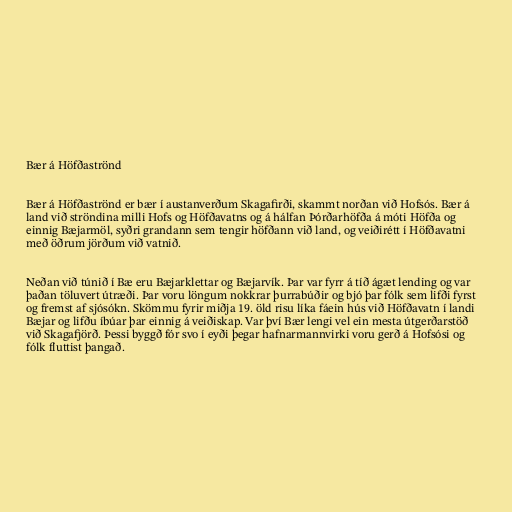
Bær á Höfðaströnd

Bær á Höfðaströnd er bær í austanverðum Skagafirði, skammt norðan við Hofsós. Bær á
land við ströndina milli Hofs og Höfðavatns og á hálfan Þórðarhöfða á móti Höfða og
einnig Bæjarmöl, syðri grandann sem tengir höfðann við land, og veiðirétt í Höfðavatni
með öðrum jörðum við vatnið.

Neðan við túnið í Bæ eru Bæjarklettar og Bæjarvík. Þar var fyrr á tíð ágæt lending og var
þaðan töluvert útræði. Þar voru löngum nokkrar þurrabúðir og bjó þar fólk sem lifði fyrst
og fremst af sjósókn. Skömmu fyrir miðja 19. öld risu líka fáein hús við Höfðavatn í landi
Bæjar og lifðu íbúar þar einnig á veiðiskap. Var því Bær lengi vel ein mesta útgerðarstöð
við Skagafjörð. Þessi byggð fór svo í eyði þegar hafnarmannvirki voru gerð á Hofsósi og
fólk fluttist þangað.